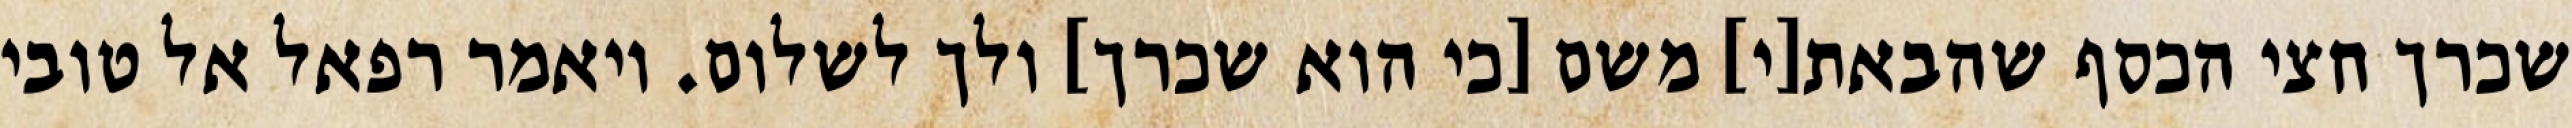
שכרך חצי הכסף שהבאת[י] משם [כי הוא שכרך] ולך לשלום. ויאמר רפאל אל טובי